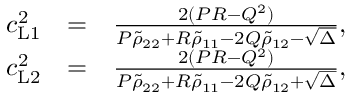
\begin{array} { r l r } { c _ { \mathrm { L 1 } } ^ { 2 } } & { = } & { \frac { 2 ( P R - Q ^ { 2 } ) } { P \tilde { \rho } _ { 2 2 } + R \tilde { \rho } _ { 1 1 } - 2 Q \tilde { \rho } _ { 1 2 } - \sqrt { \Delta } } , } \\ { c _ { \mathrm { L 2 } } ^ { 2 } } & { = } & { \frac { 2 ( P R - Q ^ { 2 } ) } { P \tilde { \rho } _ { 2 2 } + R \tilde { \rho } _ { 1 1 } - 2 Q \tilde { \rho } _ { 1 2 } + \sqrt { \Delta } } , } \end{array}